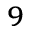
_ 9